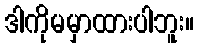
ဒါကိုမမှာထားပါဘူး။